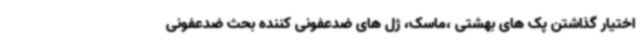
اختیار گذاشتن پک های بهشتی ،ماسک، ژل های ضدعفونی کننده بحث ضدعفونی